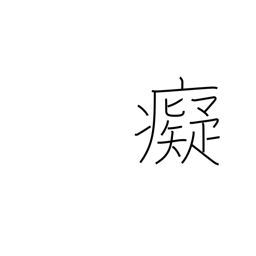
Meaning: foolish